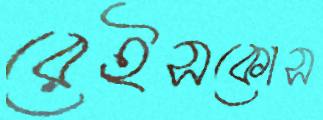
রেইসকোস